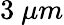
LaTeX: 3~\mu m